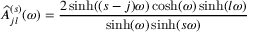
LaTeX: \widehat { A } _ { j l } ^ { ( s ) } ( \omega ) = \frac { 2 \sinh ( ( s - j ) \omega ) \cosh ( \omega ) \sinh ( l \omega ) } { \sinh ( \omega ) \sinh ( s \omega ) }